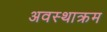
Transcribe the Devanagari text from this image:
अवस्थाक्रम